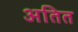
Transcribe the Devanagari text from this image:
अतित